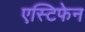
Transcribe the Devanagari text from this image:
एस्टिफेन